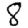
Digit: 8